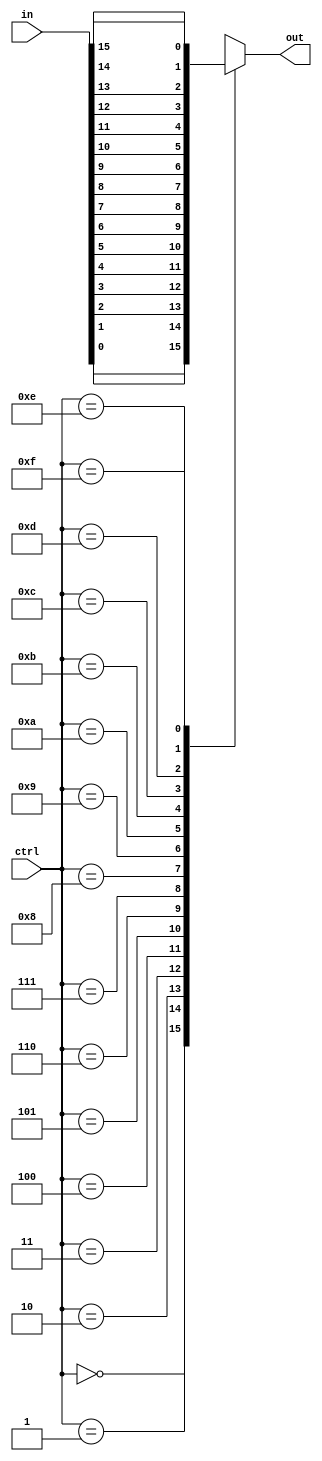
module mux16to1(
    input [15:0] in, // 16 input lines
    input [3:0] ctrl, // 4 control line inputs
    output reg out // output line
);

always @(*)
begin
    case(ctrl)
        4'b0000: out = in[0];
        4'b0001: out = in[1];
        4'b0010: out = in[2];
        4'b0011: out = in[3];
        4'b0100: out = in[4];
        4'b0101: out = in[5];
        4'b0110: out = in[6];
        4'b0111: out = in[7];
        4'b1000: out = in[8];
        4'b1001: out = in[9];
        4'b1010: out = in[10];
        4'b1011: out = in[11];
        4'b1100: out = in[12];
        4'b1101: out = in[13];
        4'b1110: out = in[14];
        4'b1111: out = in[15];
    endcase
end

endmodule